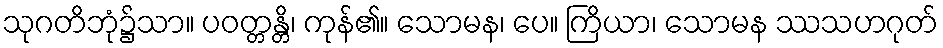
သုဂတိဘုံ၌သာ။ ပဝတ္တန္တိ၊ ကုန်၏။ သောမန၊ ပေ။ ကြိယာ၊ သောမန ဿသဟဂုတ်